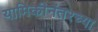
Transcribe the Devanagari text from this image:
यामिकीनंतरच्या